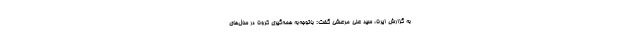
به گزارش ایرنا، سید علی مرعشی گفت: باتوجه‌به همه‌گیری کرونا در سال‌های